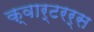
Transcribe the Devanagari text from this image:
क्वार्टरर्स